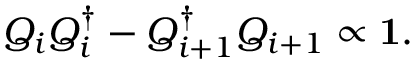
Q _ { i } Q _ { i } ^ { \dagger } - Q _ { i + 1 } ^ { \dagger } Q _ { i + 1 } \propto \mathbf { 1 } .